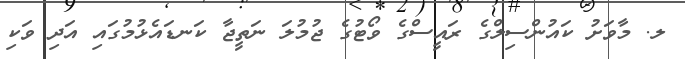
ލ. މާވަށު ކައުންސިލްގެ ރައީސްގެ ވޯޓުގެ ޖުމުލަ ނަތީޖާ ކަނޑައެޅުމުގައި އަދި ވަކި